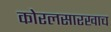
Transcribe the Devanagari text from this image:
कोरलसारखाच